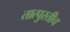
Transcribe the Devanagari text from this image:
तात्पुरतीच